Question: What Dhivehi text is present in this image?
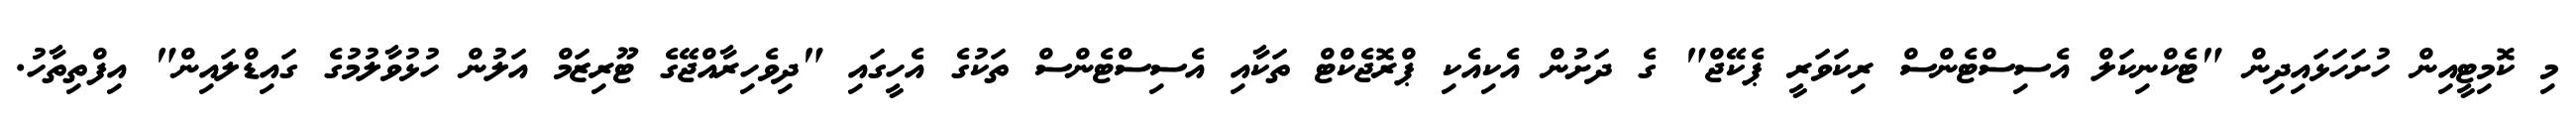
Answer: މި ކޮމިޓީއިން ހުށަހަޅައިދިން "ޓެކްނިކަލް އެސިސްޓެންސް ރިކަވަރީ ޕެކޭޖް" ގެ ދަށުން އެކިއެކި ޕްރޮޖެކްޓް ތަކާއި އެސިސްޓެންސް ތަކުގެ އެހީގައި "ދިވެހިރާއްޖޭގެ ޓޫރިޒަމް އަލުން ހުޅުވާލުމުގެ ގައިޑްލައިން" އިފްތިތާހު.